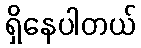
ရှိနေပါတယ်